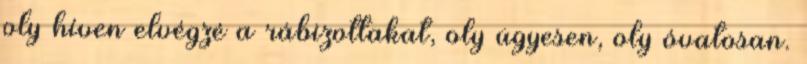
oly híven elvégzé a rábizottakat, oly ügyesen, oly óvatosan.